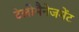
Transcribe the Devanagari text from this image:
टेलीमैनेजमेंट